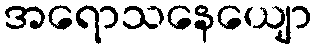
အရောသနေယျော